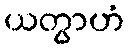
ယတွာဟံ